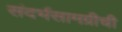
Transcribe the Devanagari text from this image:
संदर्भसामग्रीची